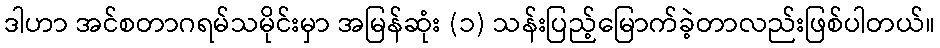
ဒါဟာ အင်စတာဂရမ်သမိုင်းမှာ အမြန်ဆုံး (၁) သန်းပြည့်မြောက်ခဲ့တာလည်းဖြစ်ပါတယ်။